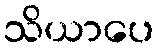
သိယာပေ